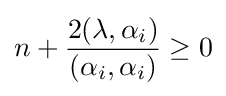
n+{\frac {2(\lambda ,\alpha _{i})}{(\alpha _{i},\alpha _{i})}}\geq 0